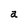
Character: a